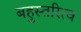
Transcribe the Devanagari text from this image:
बहुस्तरित्व